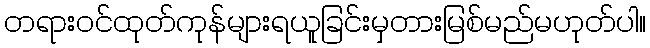
တရားဝင်ထုတ်ကုန်များရယူခြင်းမှတားမြစ်မည်မဟုတ်ပါ။